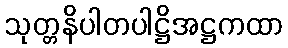
သုတ္တနိပါတပါဋ္ဌိအဋ္ဌကထာ